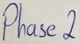
Text: Phase2